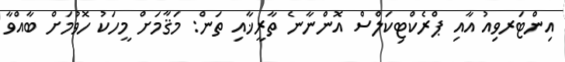
އިންޓަރވިއު އާއި ޕްރެކްޓިކަލްސް އޮންނާނެ ތާރީޚާއި ތަން: މަޤާމަށް މީހަކު ހޮވުމަށް ބާއްވާ